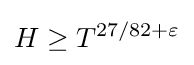
H\geq T^{27/82+\varepsilon }